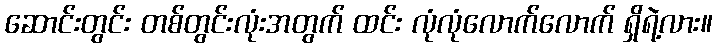
ဆောင်းတွင်း တစ်တွင်းလုံးအတွက် ထင်း လုံလုံလောက်လောက် ရှိရဲ့လား။